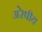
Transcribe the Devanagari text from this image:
अरेषीय